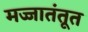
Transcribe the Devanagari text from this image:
मज्जातंतूत